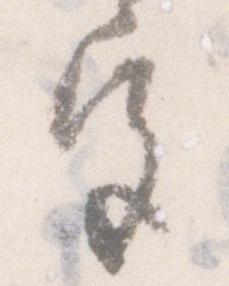
宮